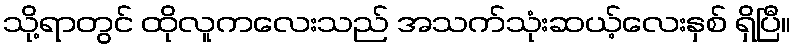
သို့ရာတွင် ထိုလူကလေးသည် အသက်သုံးဆယ့်လေးနှစ် ရှိပြီ။